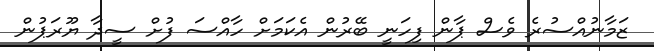
ޒަމާނުއްސުރެ ވެސް ޕާން ފިހަނީ ބޭރުން އެކަމަށް ހާއްސަ ފުށް ސީދާ ޔޫރަޕުން